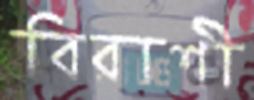
বিরাশী